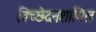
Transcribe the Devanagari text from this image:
विच्छेदनशामिल